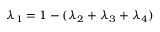
\lambda _ { 1 } = 1 - ( \lambda _ { 2 } + \lambda _ { 3 } + \lambda _ { 4 } )